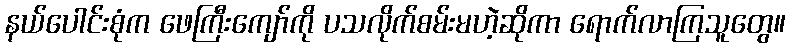
နယ်ပေါင်းစုံက ဖေကြီးကျော်ကို ပသလိုက်စမ်းမဟဲ့ဆိုကာ ရောက်လာကြသူတွေ။